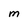
Character: M